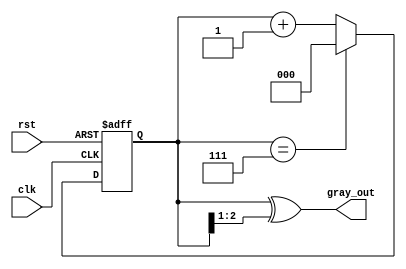
module gray_code_counter (
    input wire clk,      // Clock signal
    input wire rst,      // Reset signal
    output reg [2:0] gray_out // Gray code output
);

    reg [2:0] binary_count; // Binary counter

    // Binary to Gray code conversion function
    function [2:0] binary_to_gray;
        input [2:0] binary;
        begin
            binary_to_gray = binary ^ (binary >> 1);
        end
    endfunction

    // Asynchronous reset and counting operation
    always @(posedge clk or posedge rst) begin
        if (rst) begin
            // Reset the binary counter to 0
            binary_count <= 3'b000;
        end else begin
            // Increment the binary counter
            binary_count <= binary_count + 1;
            // Wrap around if it reaches the maximum value (7 for 3-bit)
            if (binary_count == 3'b111) begin
                binary_count <= 3'b000;
            end
        end
    end

    // Update Gray code output on each clock cycle
    always @(binary_count) begin
        gray_out <= binary_to_gray(binary_count);
    end

endmodule